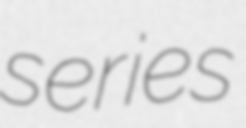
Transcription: series